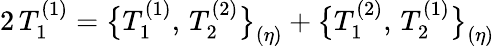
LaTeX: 2\, T_{1}^{(1)}=\bigl\{ T_{1}^{(1)},\, T_{2}^{(2)}\bigr\} _{(\eta)}+\bigl\{ T_{1}^{(2)},\, T_{2}^{(1)}\bigr\} _{(\eta)}